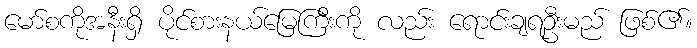
မော်စကိုအနီးရှိ ပိုင်စားနယ်မြေကြီးကို လည်း ရောင်းချရဦးမည် ဖြစ်၏။